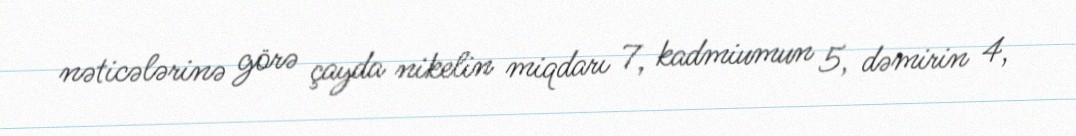
nəticələrinə görə çayda nikelin miqdarı 7, kadmiumun 5, dəmirin 4,